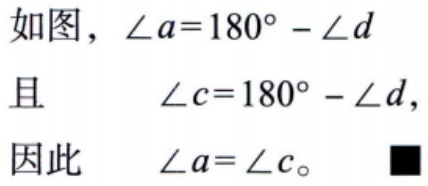
如图，\(\angle a = 180^{\circ}-\angle d\)
且 \(\angle c = 180^{\circ}-\angle d\)，
因此 \(\angle a=\angle c\)。■